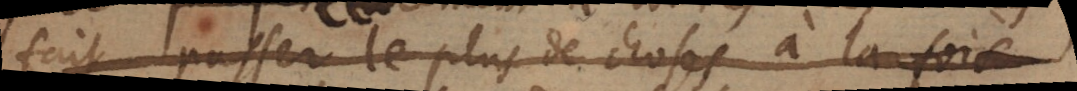
fait passer le plus de choses à la fois